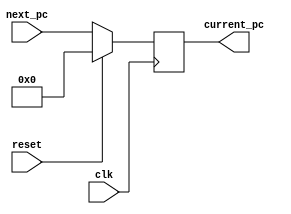



module PC(reset,       // input (Use reset to initialize PC. Initial value must be 0)
    clk,         // input
    next_pc,     // input
    current_pc   // output
  );
    input reset;
    input clk;
    input [31:0]next_pc;
    output reg [31:0]current_pc;
    
    
    // Initialize register file (do not touch)
    always @(posedge clk) begin
    // Reset register file
        if (reset) begin
            current_pc <= 0;
        end
        else begin
            current_pc <= next_pc;
        end
    end

  
endmodule